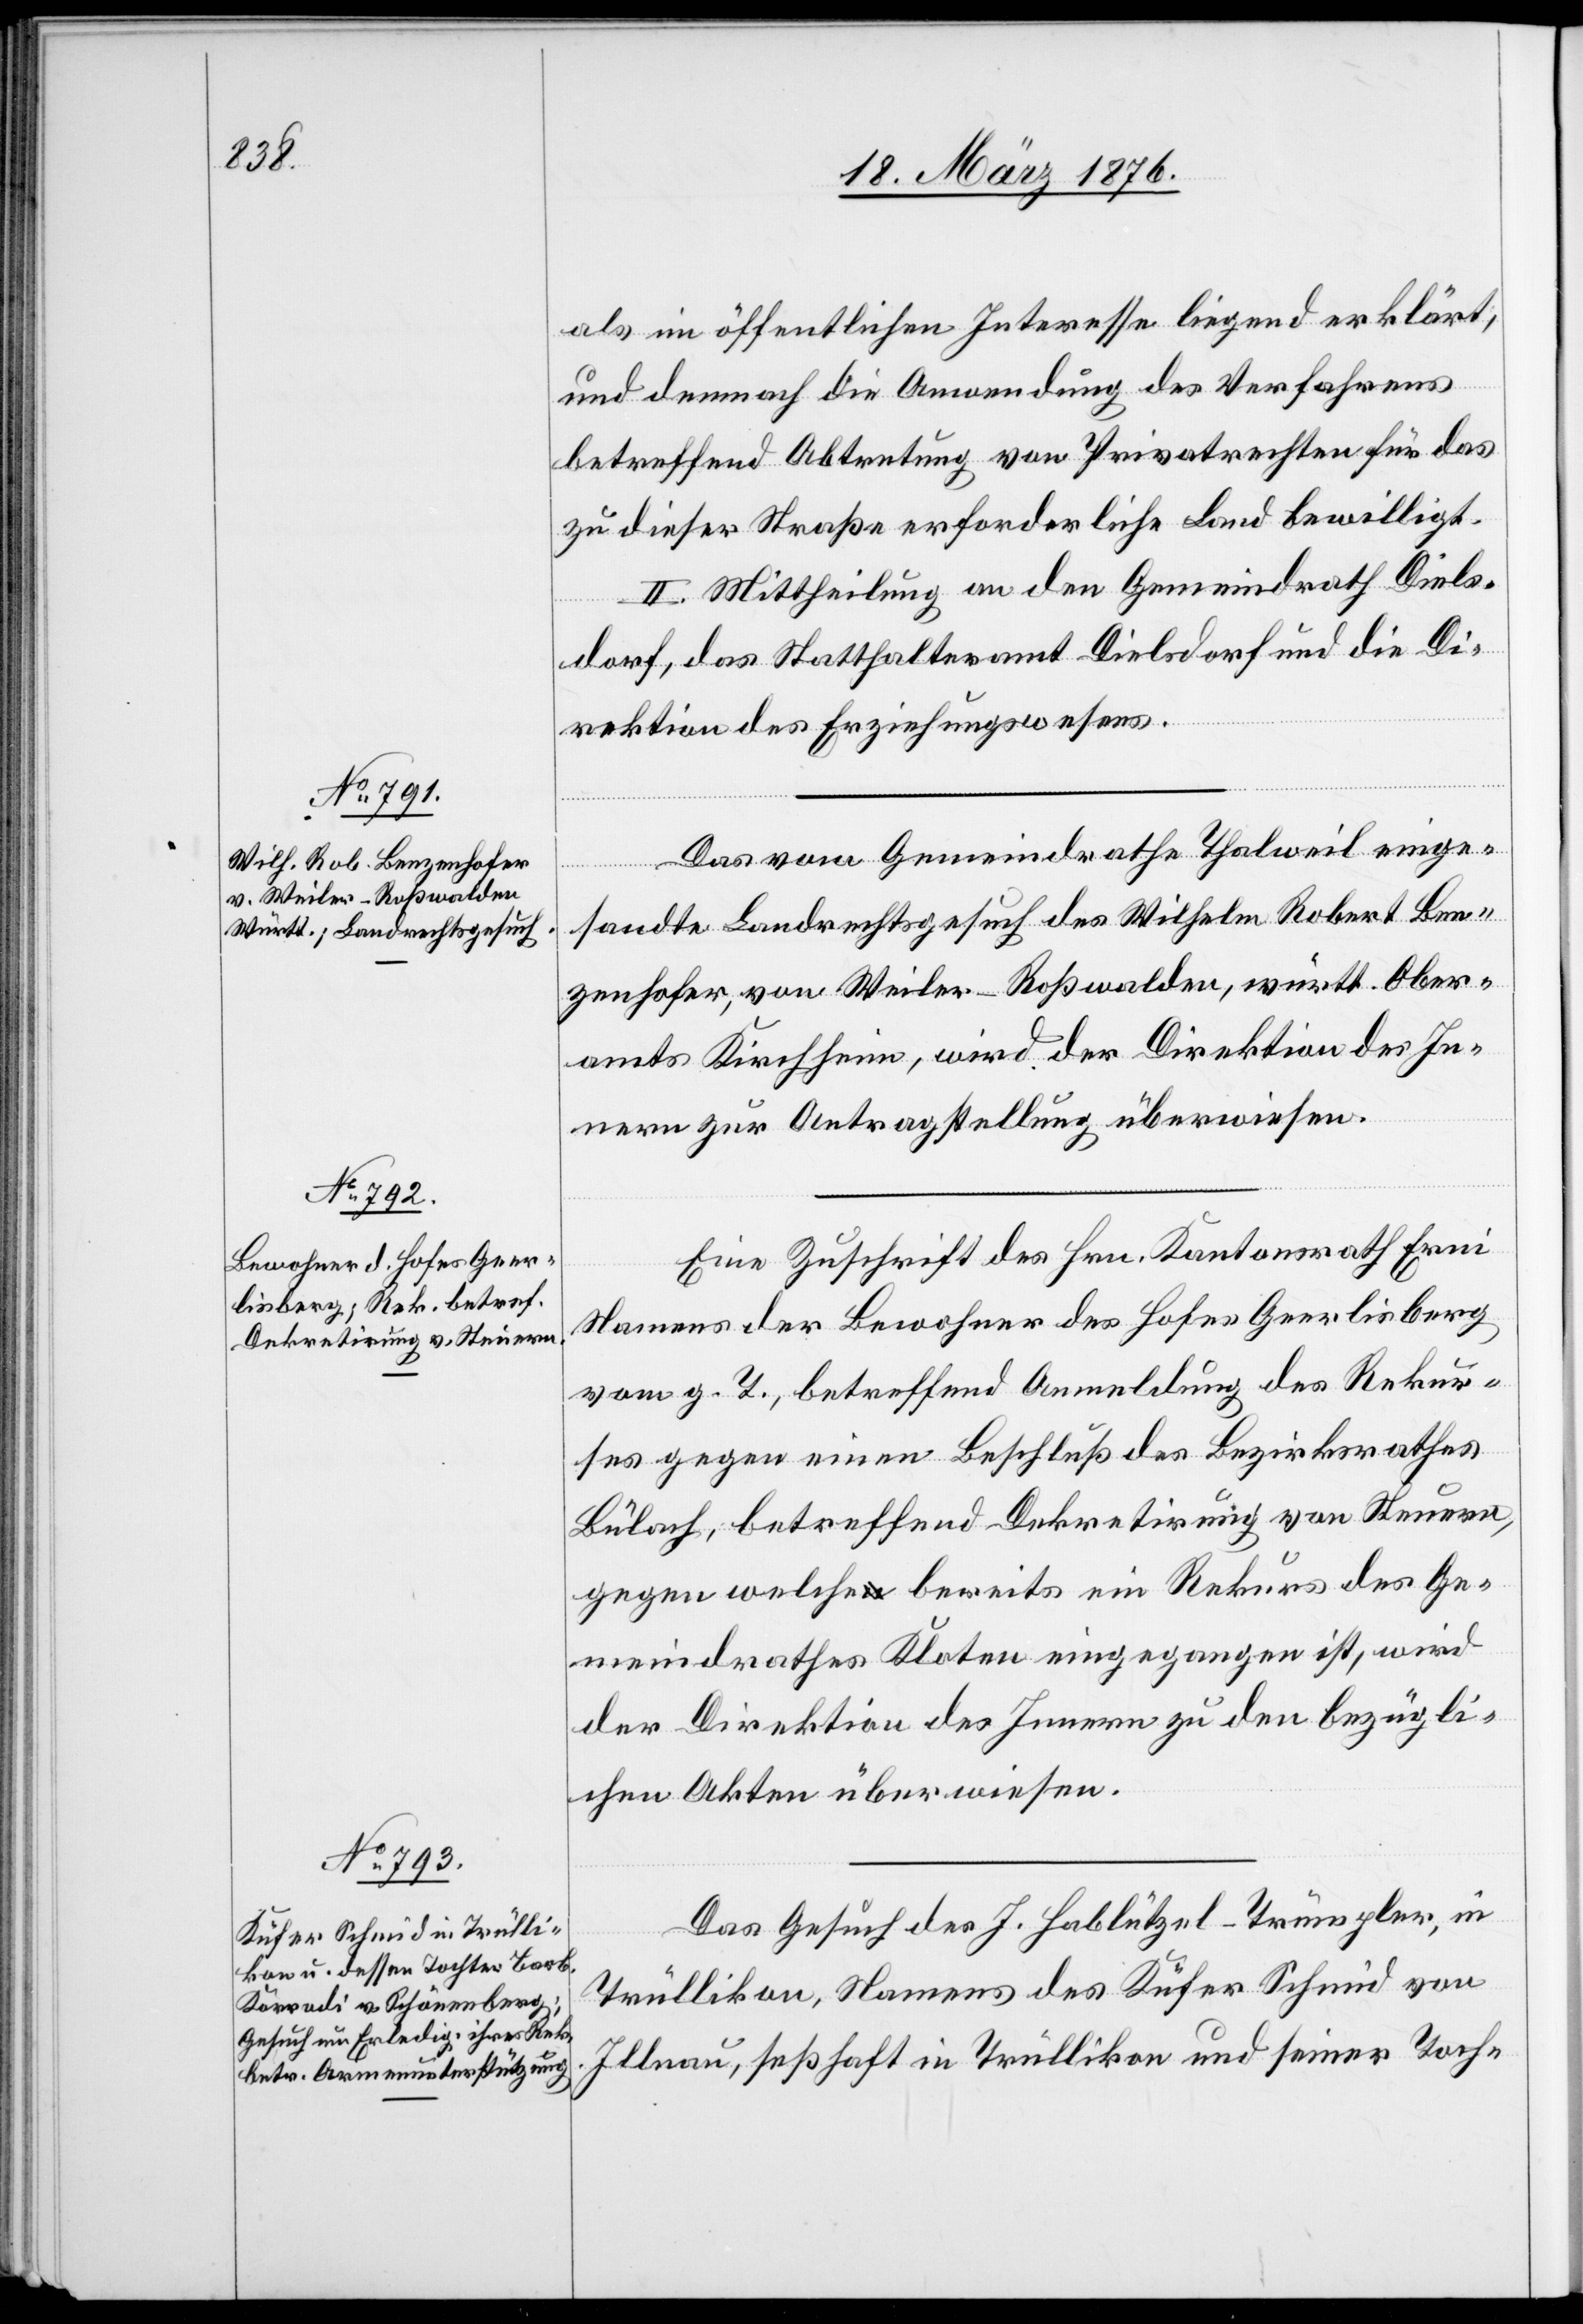
23. März 1876.]
als im öffentlichen Interesse liegend erklärt,
und demnach die Anwendung des Verfahrens
betreffend Abtretung von Privatrechten für das
zu dieser Straße erforderliche Land bewilligt.
II. Mittheilung an den Gemeindrath Diels¬
dorf, das Statthalteramt Dielsdorf und die Di¬
rektion des Erziehungswesens.
Das vom Gemeindrathe Thalweil einge¬
sandte Landrechtsgesuch des Wilhelm Robert Ben¬
zenhofer, von Weiler-Roßwalden, württ. Ober¬
amts Kirchheim, wird der Direktion des In¬
nern zur Antragstellung überwiesen.
Eine Zuschrift des Hrn. Kantonsrath Erni
Namens der Bewohner des Hofes Geerlisberg
vom g. T., betreffend Anmeldung des Rekur¬
ses gegen einen Beschluß des Bezirksrathes
Bülach, betreffend Dekretirung von Steuern,
gegen welche bereits ein Rekurs des Ge¬
meindrathes Kloten eingegangen ist, wird
der Direktion des Innern zu den bezügli¬
chen Akten überwiesen.
Das Gesuch des J. Hablützel-Trümpler, in
Trüllikon, Namens des Küfer Schmid von
Illnau, seßhaft in Trüllikon und seiner Toch-